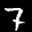
Label: 7